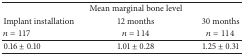
<table><thead><tr><td><b> </b></td><td><b>Mean marginal bone level</b></td><td><b> </b></td></tr><tr><td><b>Implant installation</b></td><td><b>12 months </b></td><td><b>30 months</b></td></tr><tr><td><b><i>n</i> = 117</b></td><td><b><i>n</i> = 114</b></td><td><b><i>n</i> = 114</b></td></tr></thead><tbody><tr><td>0.16 ± 0.10</td><td>1.01 ± 0.28</td><td>1.25 ± 0.31</td></tr></tbody></table>